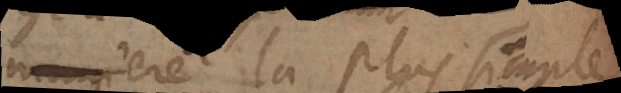
maniere la plus simple